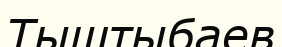
Тыштыбаев